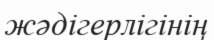
жәдігерлігінің